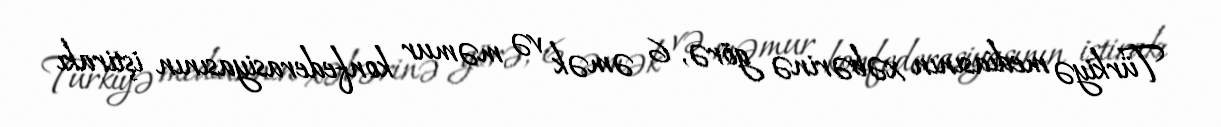
Türkiyə mediasının xəbərinə görə, 6 əmək və məmur konfederasiyasının iştirakı